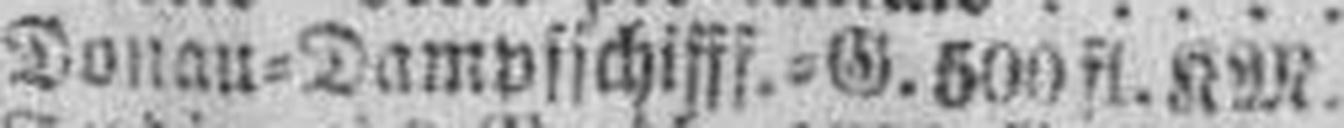
Donau=Dampfschifff.=G. 500 fl. KM.